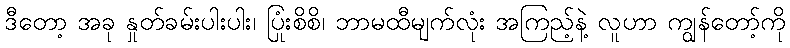
ဒီတော့ အခု နှုတ်ခမ်းပါးပါး၊ ပြုံးစိစိ၊ ဘာမထီမျက်လုံး အကြည့်နဲ့ လူဟာ ကျွန်တော့်ကို